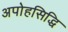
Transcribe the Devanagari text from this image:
अपोहसिद्धि